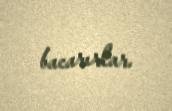
bacarırlar.